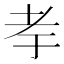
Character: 𰭨